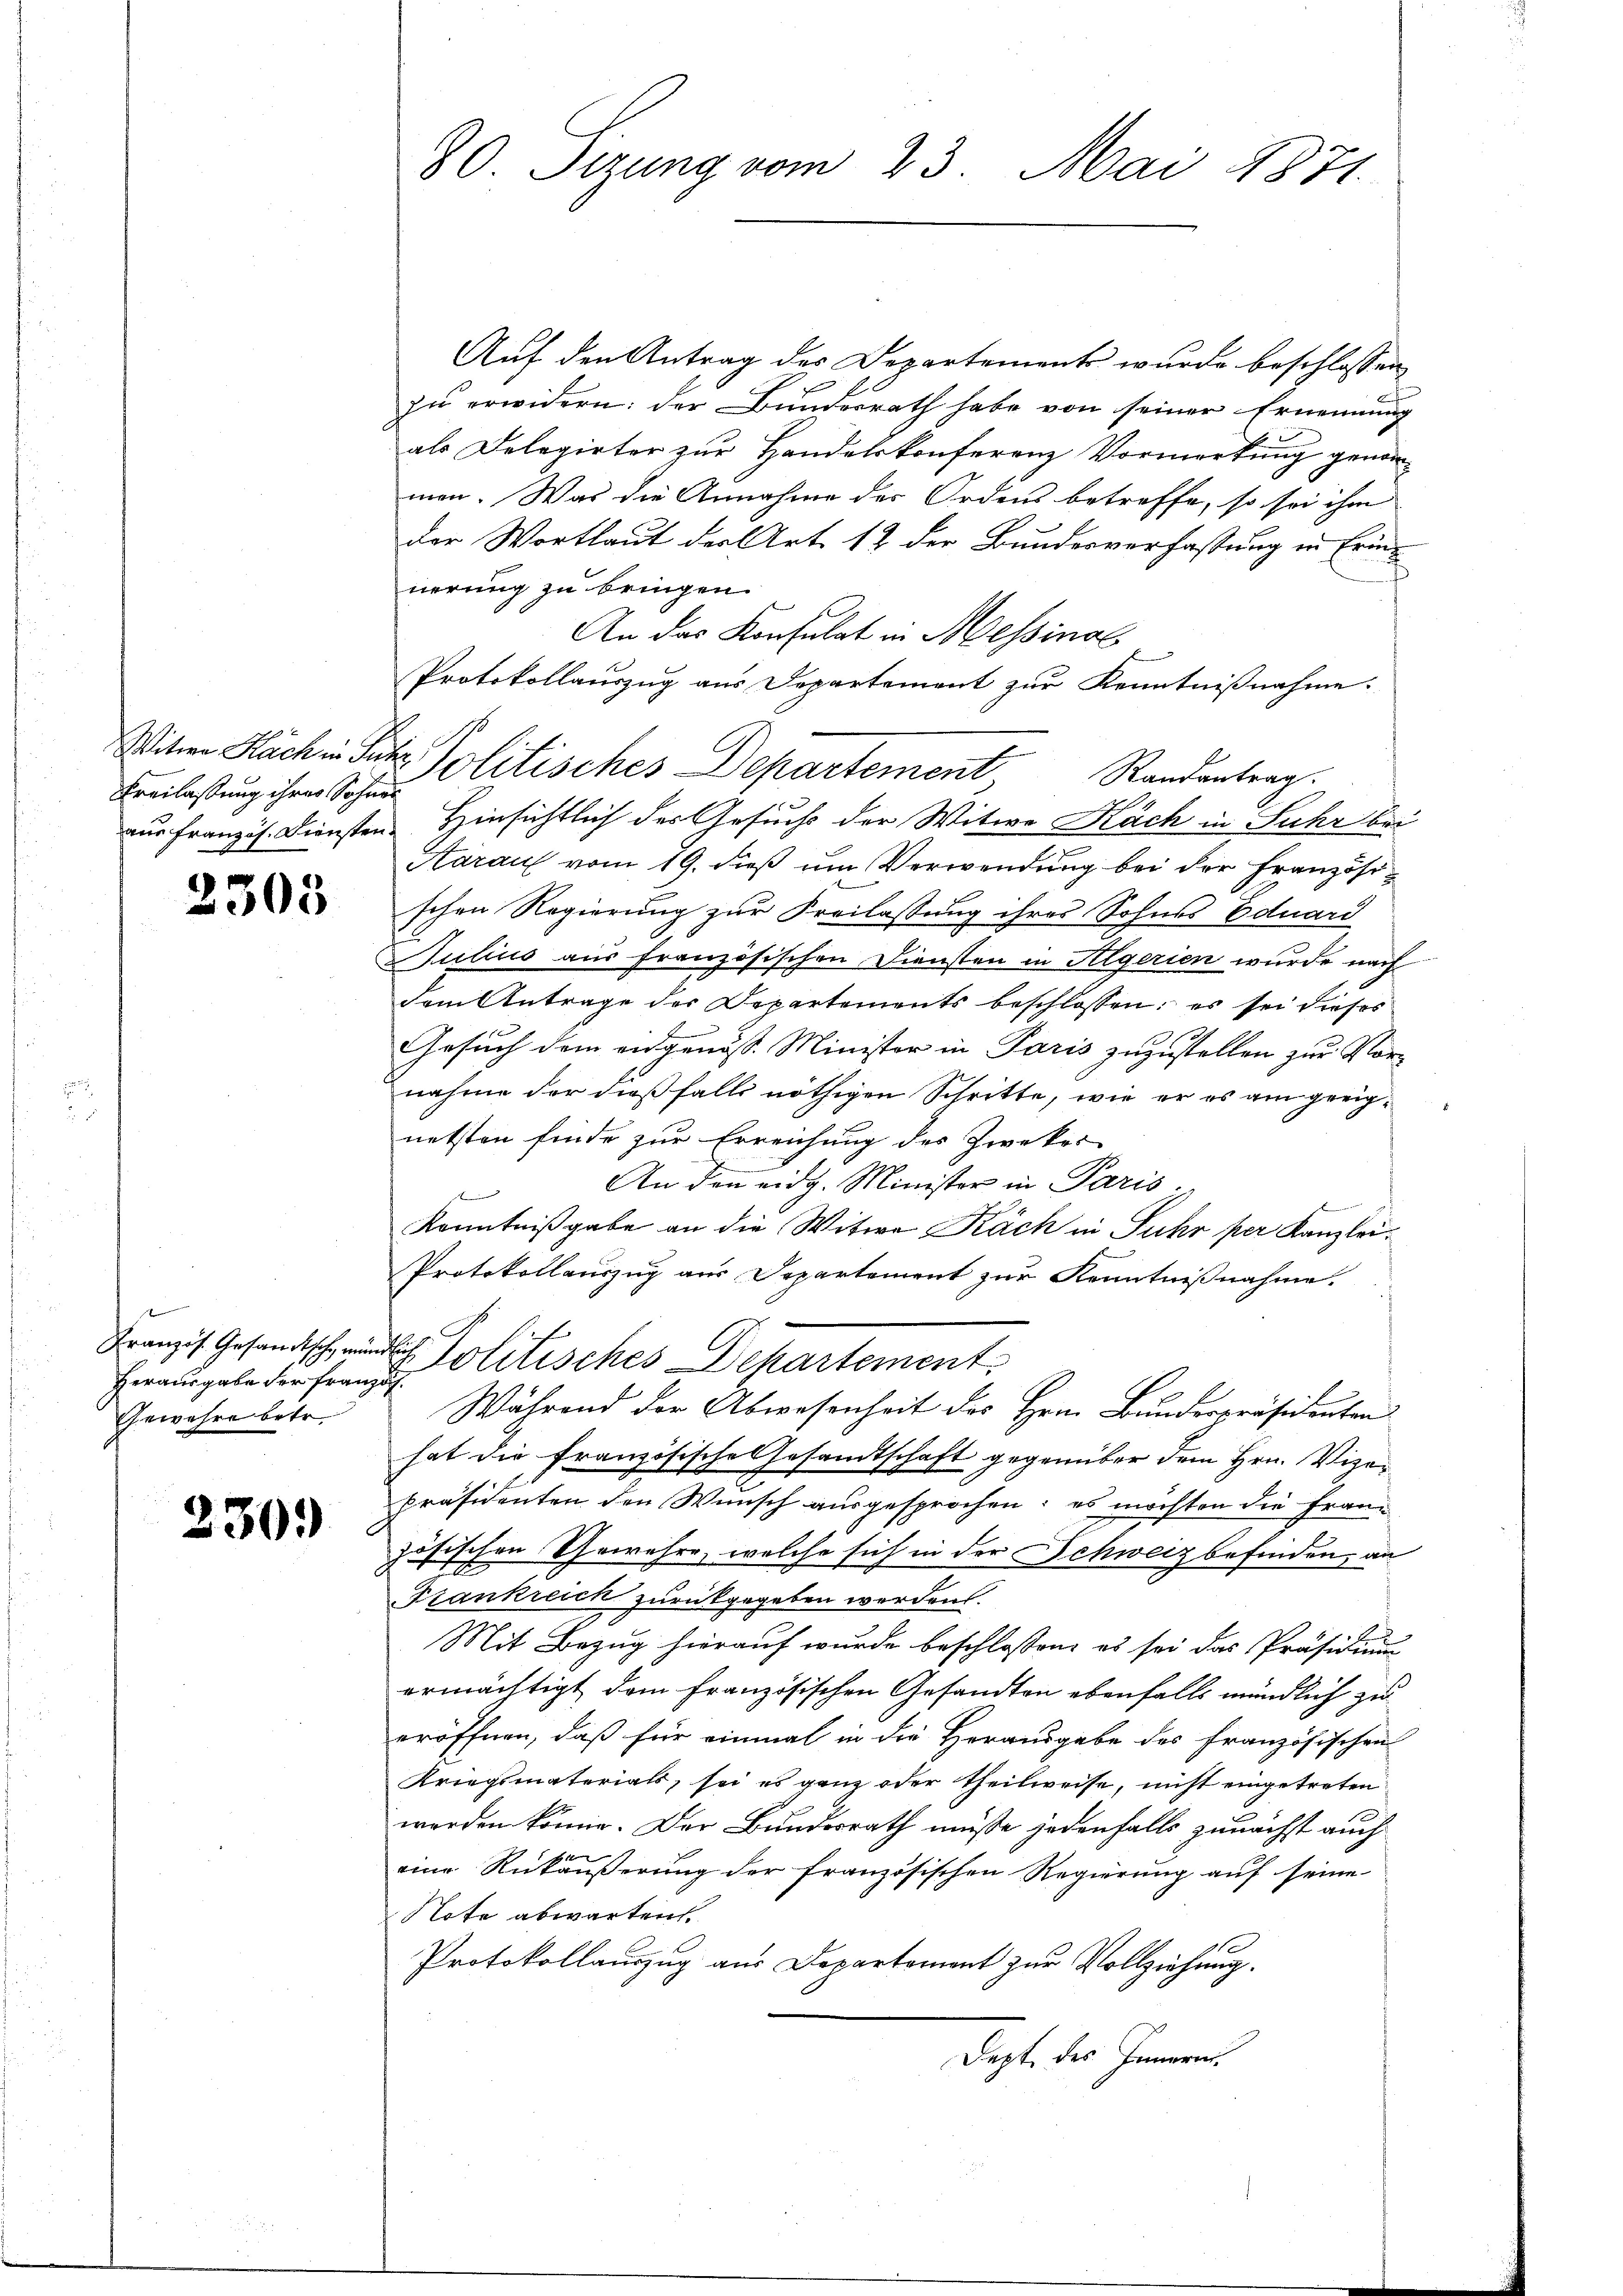
Freilassung ihrer Sohner

2303

Herausgabe der Französ.
Gewehre betr.

230.

80. Sizung vom 23. Mai 1871

Auf den Antrag des Departements wurde beschlossen,
zu erwidern: der Bunderrath habe von seiner Ernennung
als Delegirter zur Handelskonferenz Vormerkung genommen. Was die Annahme der Ordens betreffe, so sei ihm
der Wortlaut der Art. 12 der Bundesverfassung in Erinnerung zu bringen.
An das Konsulat in Messinal
Protokollauszug aus Departement zur Kenntnißnahme.
Witwe Bach in Satz. Politisches Departement Randantrag.
aus Franzis. Diensten Hinsichtlich der Gesuchs der Witwe Käch in Suhr bei
Aarauf vom 19. dieß um Verwendung bei der Französischen Regierung zur Freilassung ihres Sohnes Eduard
Julius aus französischen Diensten in Algerien wurde nach
dem Antrage der Departements beschlossen: es sei dieses
Gesuch dem angenoss. Minister in Paris zuzustellen zur Vornahme der dießfalls nöthigen Schritte, wie er es am geeignetsten finde zur Erreichung des Zwekor
An den eidg. Minister in Paris
f
Kenntnißgabe an die Witwe Käch in Fuhr per Kanzlei.
Protokollauszug aus Departement zur Kenntnißnahme.
Franzis Gesandtsch, und Politisches Departement
Während der Abwesenheit des Hrn. Bundespräsidenten
hat die französische Gesandtschaft gegenüber dem Hrn. Vizer
präsidenten den Wunsch ausgesprochen; es möchten die Französischen Gewehre, welche sich in der Schweiz befinden, an
Frankreich zurückgegeben werden.
Mit Bezug hierauf wurde beschlossen, es sei das Präsidium
ermächtigt, dem französischen Gesandten ebenfalls mündlich zu
eröffnen, daß für einmal in die Herausgabe des französischen
Kriegsmaterials, sei es ganz oder Theilweise, nicht eingetreten
werden könne. Der Bundesrath müsse jedenfalls zunächst auch
eine Rükäußerung der französischen Regierung auf seine
Note abwarten.
Protokollauszug aus Departoment zur Vollziehung.
Dept des Innern